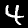
Digit: 4